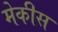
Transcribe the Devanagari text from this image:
मेकीस